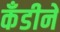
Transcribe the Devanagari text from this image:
कँडीने